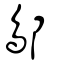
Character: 鄥